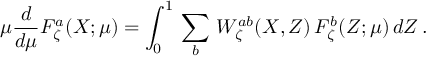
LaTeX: \mu \frac { d } { d \mu } { \cal F } _ { \zeta } ^ { a } ( X ; \mu ) = \int _ { 0 } ^ { 1 } \, \sum _ { b } \, W _ { \zeta } ^ { a b } ( X , Z ) \, { \cal F } _ { \zeta } ^ { b } ( Z ; \mu ) \, d Z \, .